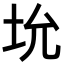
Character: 𪣁